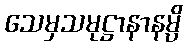
သေမှသမုဋ္ဌာနာနမ္ပိ